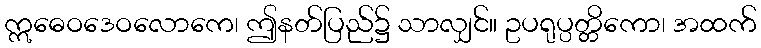
ဣဓေဝဒေဝလောကေ၊ ဤနတ်ပြည်၌ သာလျှင်။ ဥပရုပ္ပတ္တိကော၊ အထက်